King Institute of Preventive Medicine Micro-Biological Section reports 1909-11
Year: 1909
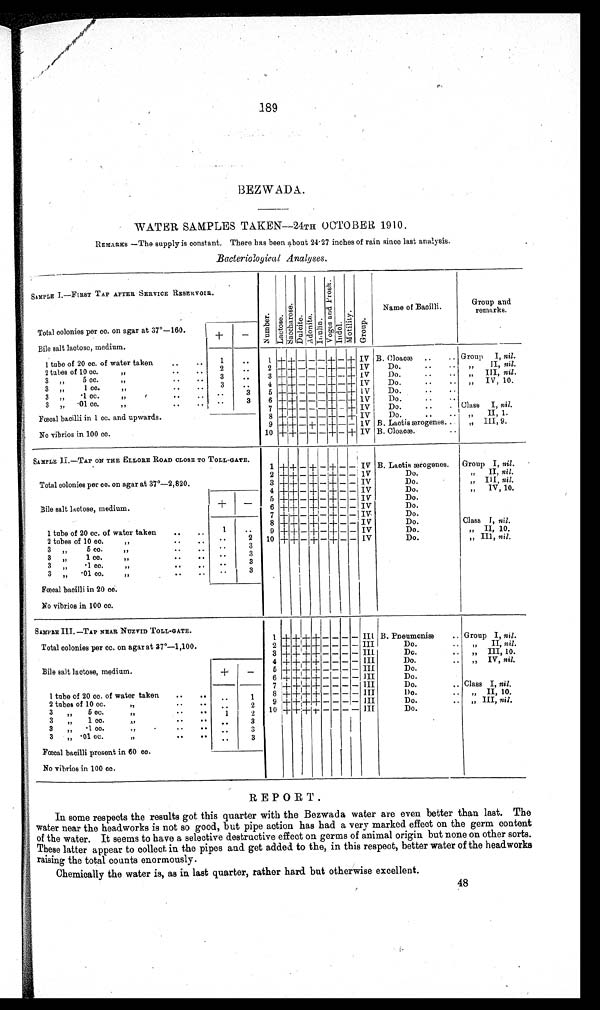
189
BEZWADA.
WATER SAMPLES TAKEN—24TH OCTOBER 1910.
REMARKS—The supply is constant. There has been about 24·27 inches of rain since last analysis.
Bacteriological Analyses.
SAMPLE I.—FIRST TAP AFTER SERVICE RESERVOIR.
Number . Lact ose.
S a c c h a r o s e .
Dul ci t e.
Adoni t e.Inulin.
V o g e s a n d P r o s h .
Indol.Motility.Group.
Name of Bacilli.
Group and
remarks.
Total colonies per cc. on agar at 37°–160.
Bile salt lactose, medium.
+
−
1 tube of 20 cc. of water taken
1
1 + +
− − −
+
−
+
IV B. Cloacæ
Group I, nil.
2 tubes of 10 cc.
„
2
2
+ + − − −
+
−
+
IV
Do.
„ II, nil.
3 „ 5 cc.
„
3
3
+ +
− − −
+
−
+
I V
Do.
„ III, nil .
3 „ 1 cc.
„
3
4
+ +
− − −
+
−
+
IV
Do.
„ IV, 10.
3 „ ·1 cc.
„
3
5
+ +
− − −
+
−
+
I V
Do.
3 „ ·01 cc. „
3
6
+ +
− − −
+
−
+
IV
Do.
Fœcal bacilli in 1 cc. and upwards.
7
+ +
− − −
+
−
+
IV
Do.
Class I, nil.
8
+ +
− − −
+
−
+
IV
Do.
„ II, 1.
9
+ +
−
+
−
+
− − IV B. Lactis ærogenes.
„ III, 9.
No vibrios in 100 cc.
10
+ +
− − −
+
−
+
IV B. Cloacæ.
SAMPLE II.—TAP ON THE ELLOHE ROAD CLOSE TO TOLL–GATE.
1
+ +
−
+
−
+
−
−
IV B. Lactis ærogenes.
Group I, nil .
Total colonies per cc. on agar at 37°–2,820.
2
+ +
−
+
−
+
− −
IV
Do.
„ II, nil.
3
+ +
−
+
−
+
− − IV
Do.
„ III, nil.
4
+ +
−
+
−
+
− − IV
Do.
„ IV, 10.
5
+ +
−
+
−
+
− − IV
Do.
Bile salt lactose, medium.
+
−
6
+ +
−
+
−
+
− − IV
Do.
7
+ +
−
+
−
+
− − IV
Do.
8
+ +
−
+
−
+
− − IV
Do.
Class I, nil.
1 tube of 20 cc. of water taken
1
9
+ +
−
+
−
+
− − IV
Do.
„ II, 10.
2 tubes of 10 cc. „
2
10
+ +
−
+
−
+
− − IV
Do.
„ III, nil.
3 „ 5 cc.
„
3
3 „ 1 cc.
„
3
3 „ ·1 cc.
„
3
3 „ ·01 cc. „
3
Fœcal bacilli in 20 cc.
No vibrios in 100 cc.
SAMPLE III.—TAP NEAR NUZVID TOLL–GATE.
1
+ + + +
− − − −
III B. Pneumoniæ
Group I, nil.
Total colonies per cc. on agar at 37°–1,100.
2
+ + + +
− − − − III
Do.
„ II, nil.
3
+ + + +
− − − −
I I I
Do.
„ III, 10.
4
+ + + +
− − − − III
Do.
„ IV, nil.
Bile salt lactose, medium.
+
−
5
+ + + +
− − − − III
Do.
6
+ + + +
− − − −
I I I
Do.
7
+ + + +
− − − − III
Do.
Class I, nil.
1 tube of 20 cc. of water taken
1
8
+ + + +
− − − −
III
Do.
„ II, 10.
2 tubes of 10 cc.
„
2
9
+ + + +
− − − −
III
Do.
„ III, nil .
3 „ 5 cc.
„
1
2
10
+ + + +
− − − − III
Do.
3 „ 1 cc.
„
3
3 „ ·1 cc.
„
3
3 „ ·01 cc. „
3
Fœcal bacilli present in 60 cc.
No vibrios in 100 cc.
REPORT.
In some respects the results got this quarter with the Bezwada water are even better than last. The
water near the headworks is not so good, but pipe action has had a very marked effect on the germ content
of the water. It seems to have a selective destructive effect on germs of animal origin but none on other sorts.
These latter appear to collect in the pipes and get added to the, in this respect, better water of the headworks
raising the total counts enormously.
Chemically the water is, as in last quarter, rather hard but otherwise excellent.
48